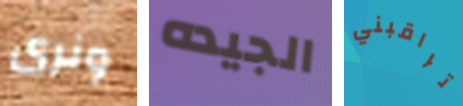
ونرى الجيده تراقبني